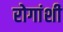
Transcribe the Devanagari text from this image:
रोगांशी